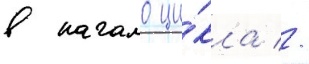
в начало ци́кла //